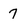
Character: 7